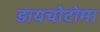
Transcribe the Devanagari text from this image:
डायचोटोमा